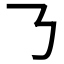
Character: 𠄎